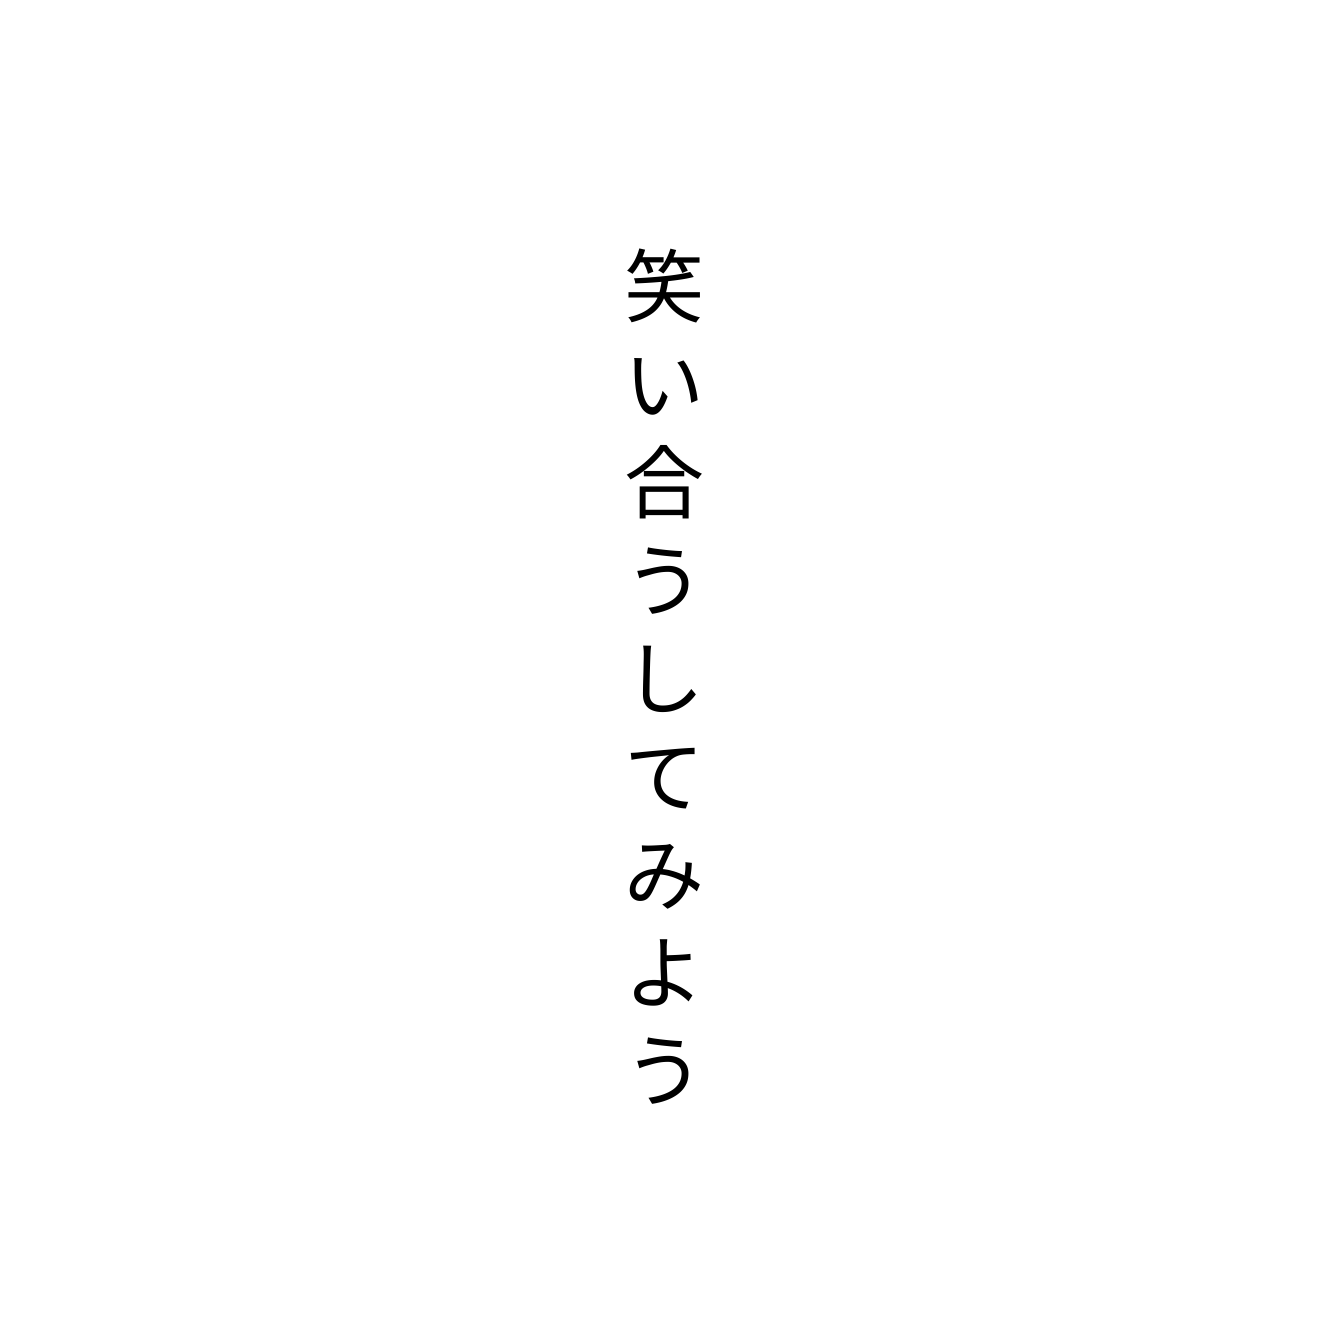
笑い合うしてみよう